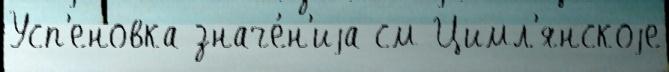
Усп'еновка значе́н'иjа см Цимл'янскоjе